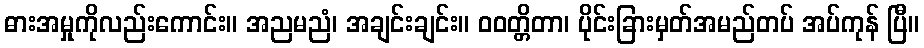
ဓားအမှုကိုလည်းကောင်း။ အညမညံ၊ အချင်းချင်း။ ဝဝတ္တိတာ၊ ပိုင်းခြားမှတ်အမည်တပ် အပ်ကုန် ပြီ။